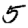
Digit: 5